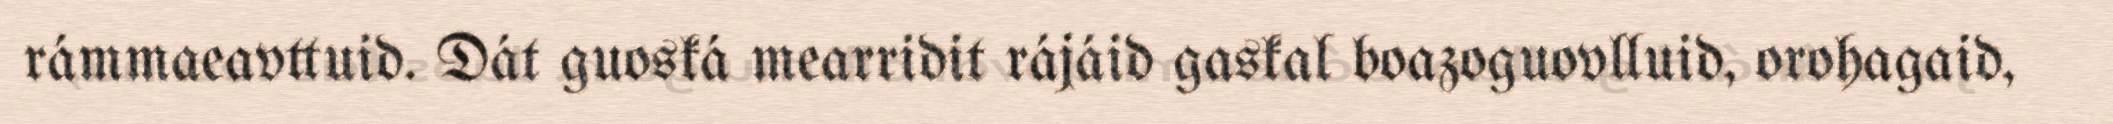
rámmaeavttuid. Dát guoská mearridit rájáid gaskal boazoguovlluid, orohagaid,